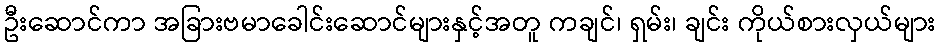
ဦးဆောင်ကာ အခြားဗမာခေါင်းဆောင်များနှင့်အတူ ကချင်၊ ရှမ်း၊ ချင်း ကိုယ်စားလှယ်များ